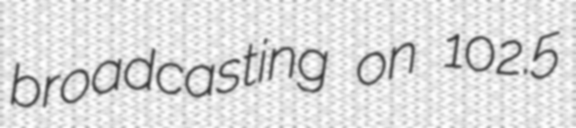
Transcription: broadcasting on 102.5